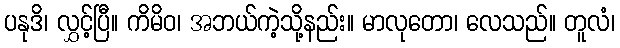
ပနုဒိ၊ လွှင့်ပြီ။ ကိမိဝ၊ အဘယ်ကဲ့သို့နည်း။ မာလုတော၊ လေသည်။ တူလံ၊